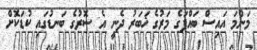
މަންމަ އައިސް ބައްޕަގެ މަރުގެ ޚަބަރު ދެނީ އެ ސޮރުގެ ބަނޑުގައި ކުޑަކޮށް